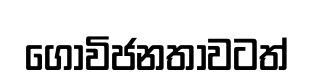
ගොවිජනතාවටත්